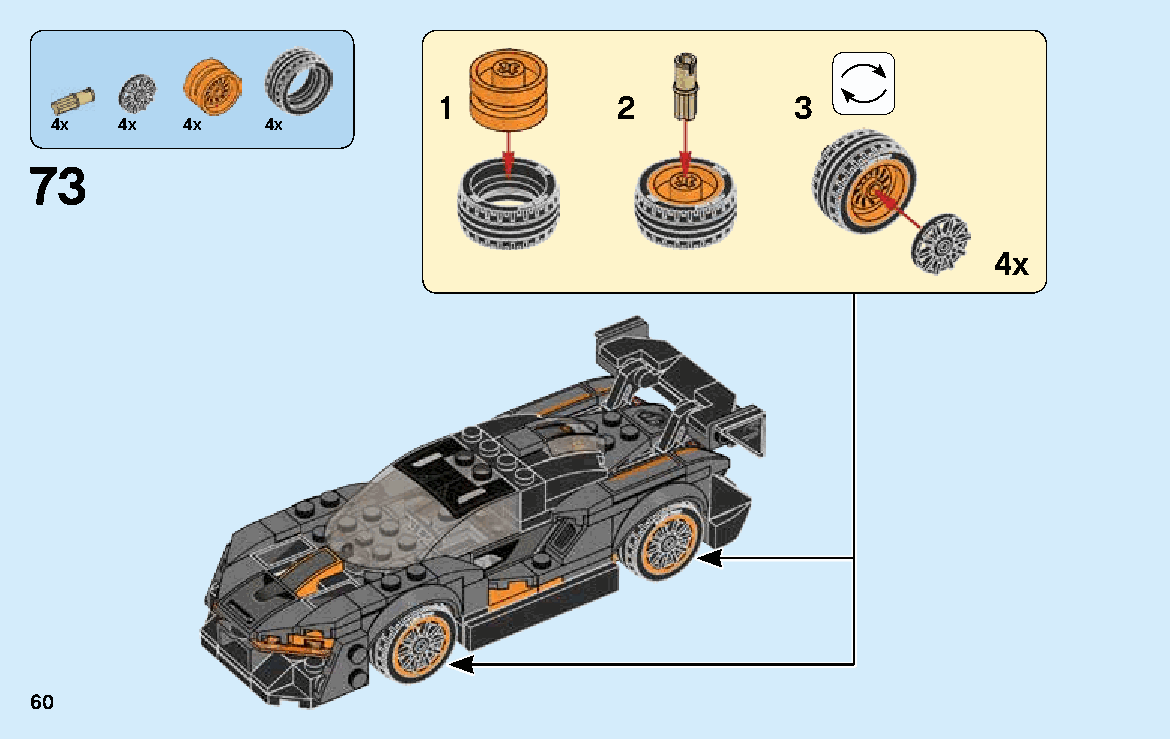
1           2           3
 4x   4x  4x    4x
 73
 4x
 60